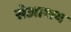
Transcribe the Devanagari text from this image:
सेआशय